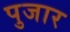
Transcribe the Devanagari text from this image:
पुजार